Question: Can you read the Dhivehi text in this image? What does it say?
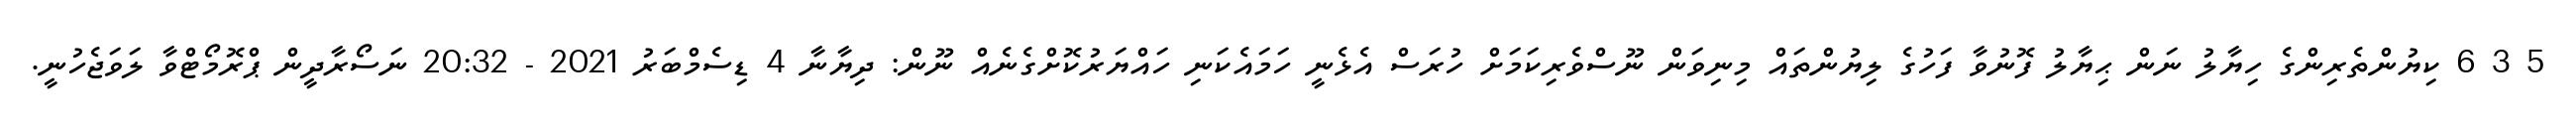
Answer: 5 3 6 ކިޔުންތެރިންގެ ހިޔާލު ނަން ޙިޔާލު ފޮނުވާ ފަހުގެ ލިޔުންތައް މިނިވަން ނޫސްވެރިކަމަށް ހުރަސް އެޅެނީ ހަމައެކަނި ހައްޔަރުކޮށްގެނެއް ނޫން: ދިޔާނާ 4 ޑިސެމްބަރު 2021 - 20:32 ނަސޯރާދީން ޕްރޮމޯޓްވާ ލަވަޖެހުނީ.